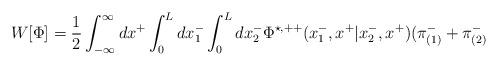
LaTeX: \begin{align*}W[{\Phi}]= \frac{1}{2} \int_{-\infty}^{\infty} dx^{+} \int_0^L dx_1^{-}\int_0^L dx_2^{-} {\Phi}^{\star,++}(x_1^{-}, x^{+}|x_2^{-}, x^{+}) ( {\pi}_{(1)}^{-} + {\pi}_{(2)}^{-}\end{align*}